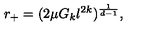
r _ { + } = ( 2 \mu G _ { k } l ^ { 2 k } ) ^ { \frac { 1 } { d - 1 } } ,